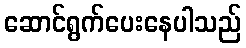
ဆောင်ရွက်ပေးနေပါသည်